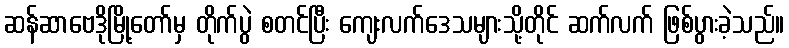
ဆန်ဆာဗေဒိုမြို့တော်မှ တိုက်ပွဲ စတင်ပြီး ကျေးလက်ဒေသများသို့တိုင် ဆက်လက် ဖြစ်ပွားခဲ့သည်။